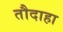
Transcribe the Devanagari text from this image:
तौदाहा